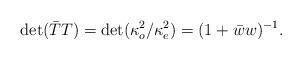
LaTeX: \begin{align*}\det(\bar{T}T)=\det(\kappa_{o}^{2}/\kappa_{e}^{2})=(1+\bar{w}w)^{-1}.\end{align*}